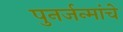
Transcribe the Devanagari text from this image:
पुनर्जन्मांचे